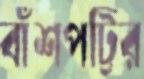
বাঁশপট্টির